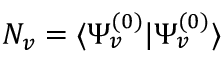
N _ { v } = \langle \Psi _ { v } ^ { ( 0 ) } | \Psi _ { v } ^ { ( 0 ) } \rangle